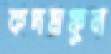
কদমফুল